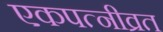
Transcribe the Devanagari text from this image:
एकपत्‍नीव्रत